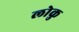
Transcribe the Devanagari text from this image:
लोकु